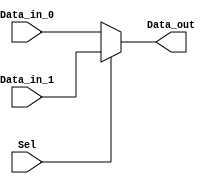
// Coder:           Gustavo Alejandro Solorio Ramos
// Name:            Mux2to1.v
// Description:     Two to one multiplexer
module mux2to1
(
//=======================================================
//  INPUT/OUTPUT declarations
//=======================================================
output Data_out,
input Data_in_0, Data_in_1, Sel
);
//=======================================================
//  Assignments
//=======================================================
assign Data_out=(Sel) ? Data_in_1:Data_in_0;
endmodule